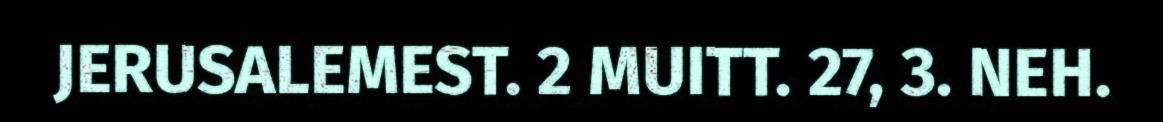
JERUSALEMEST. 2 MUITT. 27, 3. NEH.